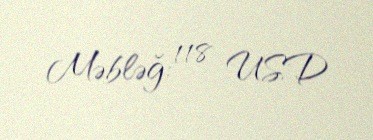
Məbləğ: 118 USD